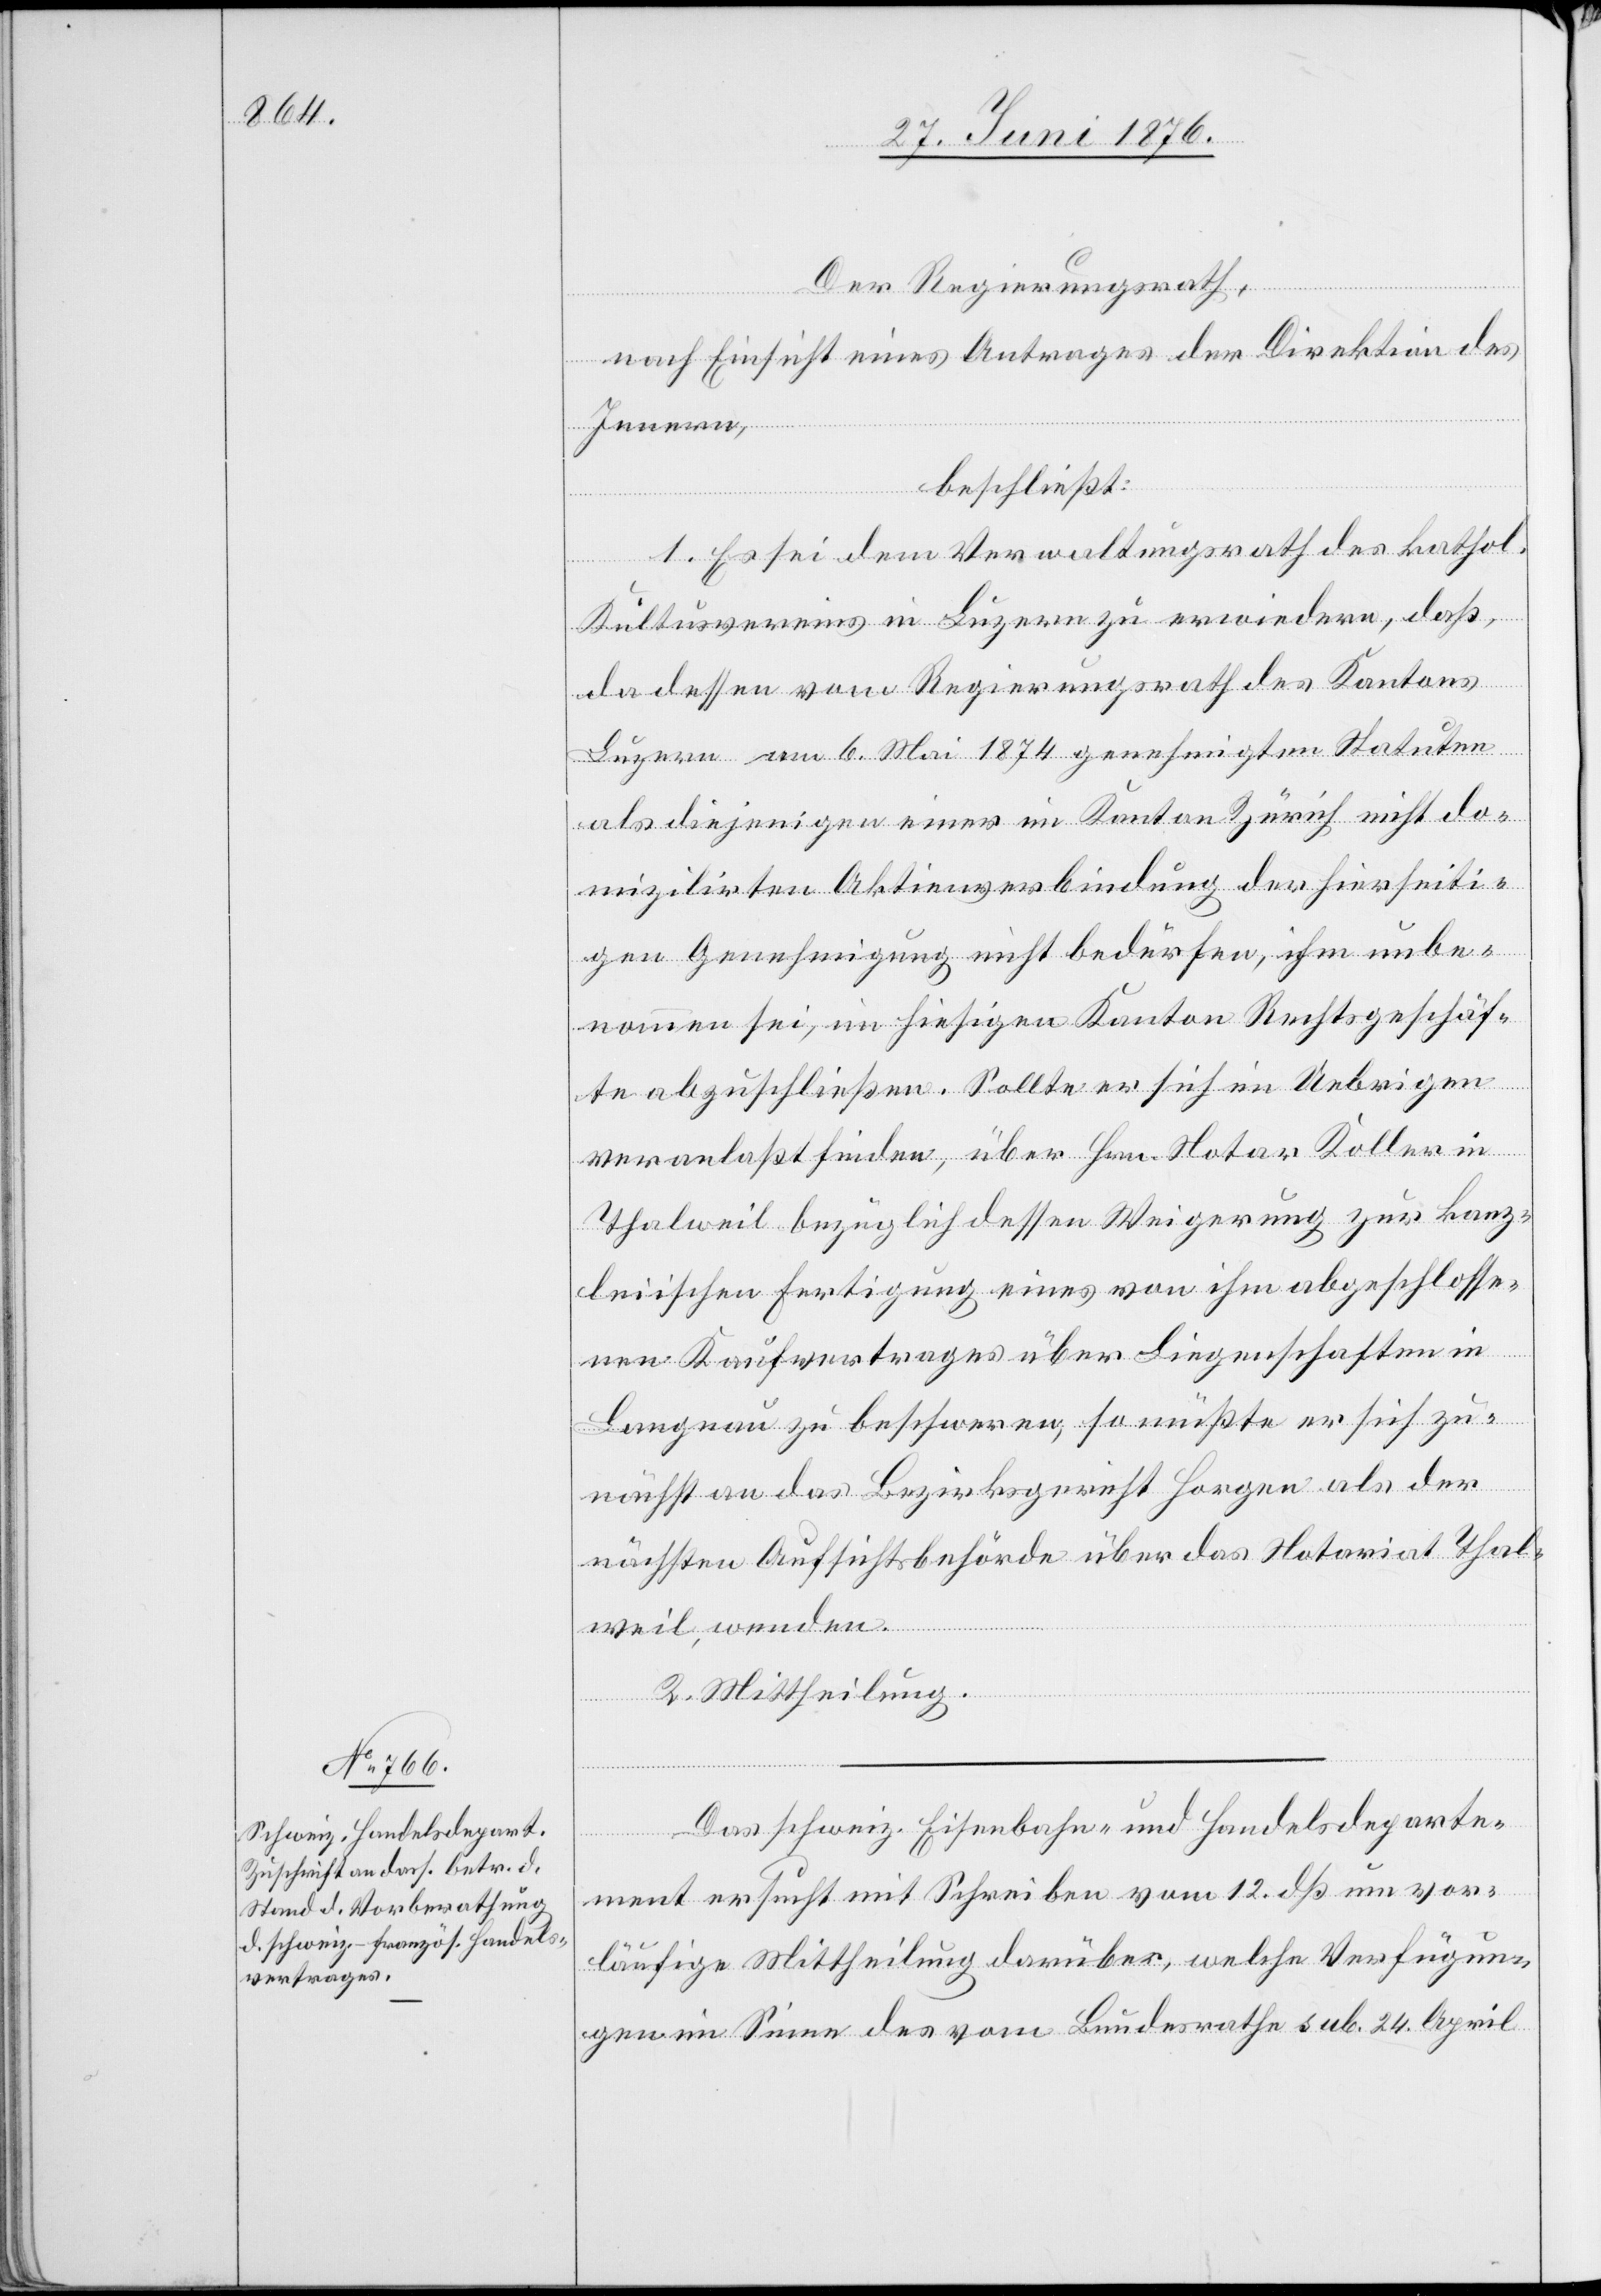
Der Regierungsrath,
nach Einsicht eines Antrages der Direktion des
Innern,
beschließt:
1. Es sei dem Verwaltungsrath des kathol.
Kultusvereins in Luzern zu erwiedern, daß,
da dessen vom Regierungsrath des Kantons
Luzern am 6. Mai 1874 genehmigten [sic!] Statuten
als diejenigen einer im Kanton Zürich nicht do¬
mizilirten Aktienverbindung der hierseiti¬
gen Genehmigung nicht bedürfen, ihm unbe¬
nommen sei, im hiesigen Kanton Rechtsgeschäf¬
te abzuschließen. Sollte er sich im Uebrigen
veranlaßt finden, über Hrn. Notar Koller in
Thalweil bezüglich dessen Weigerung zur kanz¬
leiischen Fertigung eines von ihm abgeschlosse¬
nen Kaufvertrages über Liegenschaften in
Langnau zu beschweren, so müßte er sich zu¬
nächst an das Bezirksgericht Horgen als der
nächsten Aufsichtsbehörde über das Notariat Thal¬
weil, wenden.
2. Mittheilung.
Das schweiz. Eisenbahn- und Handelsdeparte¬
ment ersucht mit Schreiben vom 12. dß um vor¬
läufige Mittheilung darüber, welche Verfügun¬
gen im Sinne des vom Bundesrathe sub. 24. April